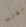
تغلي